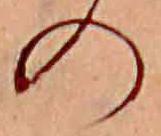
の